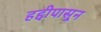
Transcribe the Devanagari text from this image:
हद्दीपासून